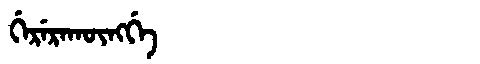
Manchu: ᡤᡝᡵᡝᡵᠠᡴᡡᠩᡤᡝ
Romanization: GERERAKŪNGGE